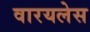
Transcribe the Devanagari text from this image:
वारयलेस